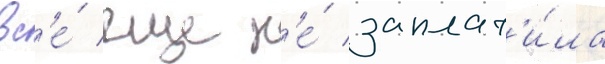
вс'е́ еще н'е́ заплат'и́ла